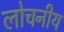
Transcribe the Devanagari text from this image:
लोचनीय